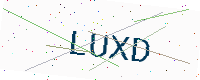
Text: LUXD